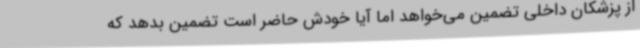
از پزشکان داخلی تضمین می‌خواهد اما آیا خودش حاضر است تضمین بدهد که